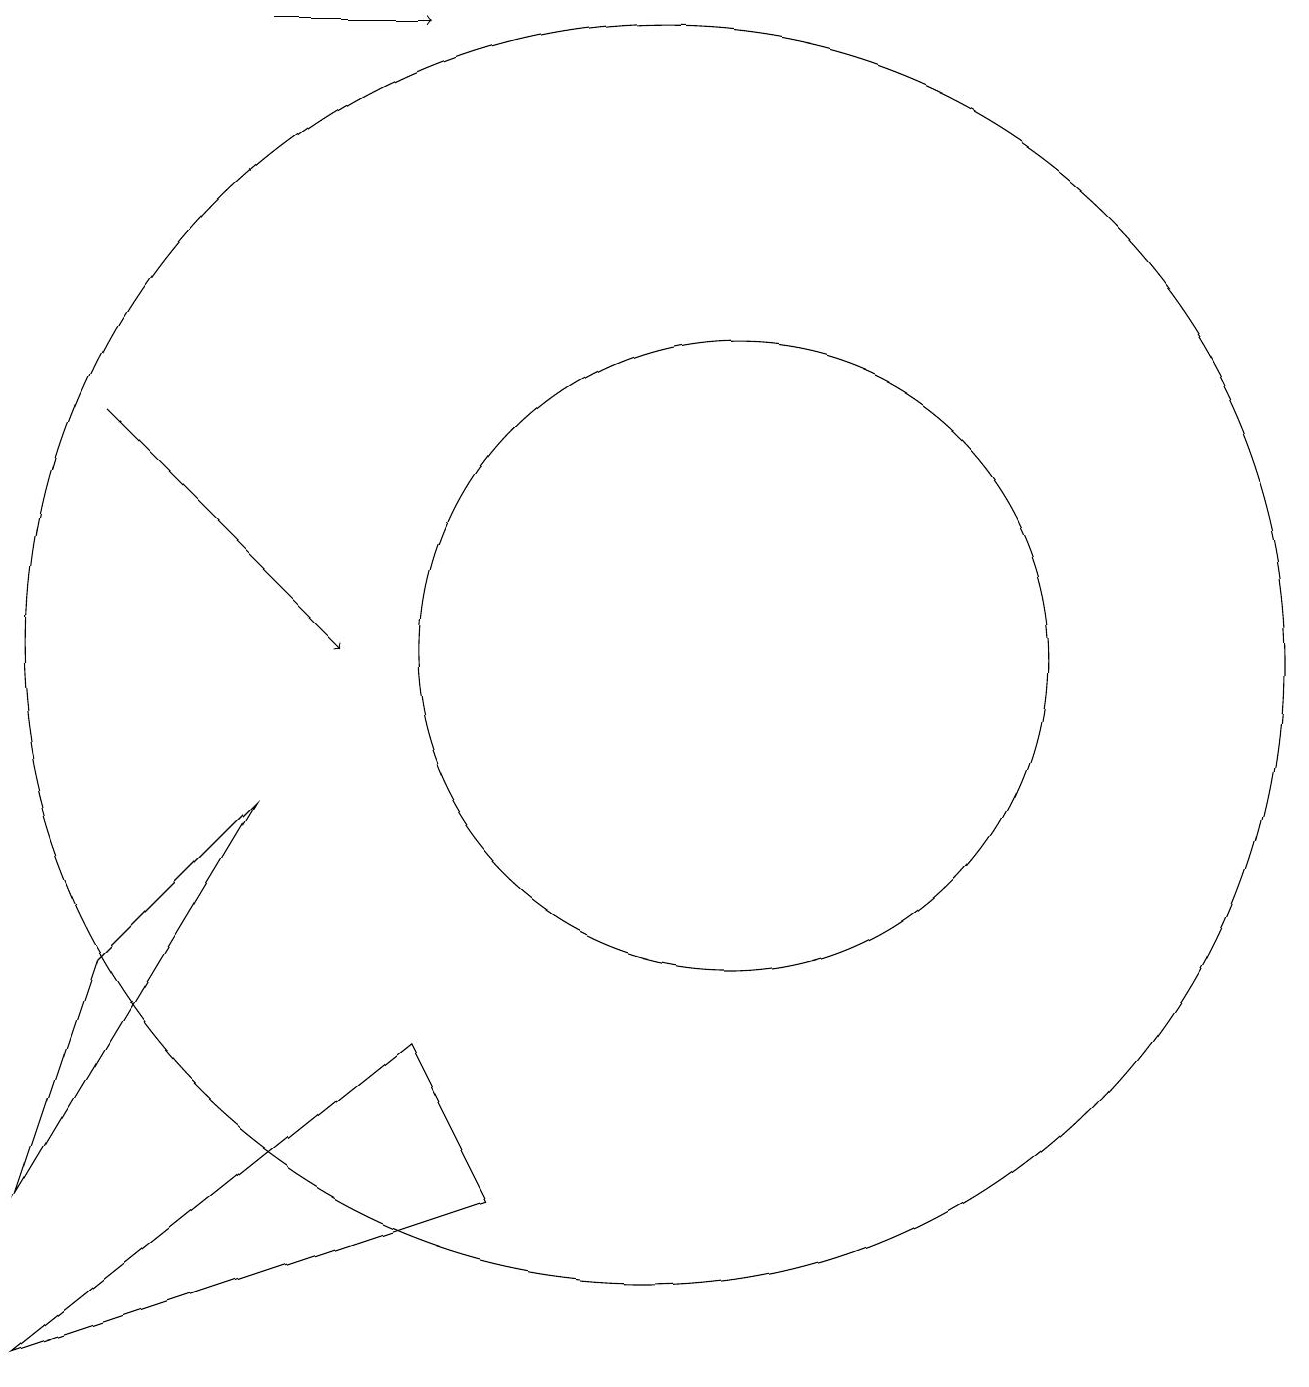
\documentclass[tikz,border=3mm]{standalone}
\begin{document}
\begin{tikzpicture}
\draw (6,14) rectangle (6,14);
\draw (11,10) circle (0);
\draw[->] (6,19) -- (8,19);
\draw (11,11) circle (8);
\draw (12,11) circle (4);
\draw[->] (4,14) -- (7,11);
\draw (4,7) -- (6,9) -- (3,4) -- cycle;
\draw (8,6) -- (3,2) -- (9,4) -- cycle;
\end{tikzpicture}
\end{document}